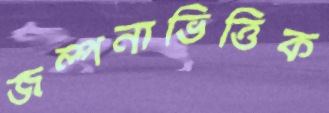
জল্পনাভিত্তিক